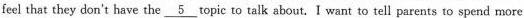
feel that they don't have the\underline{5}topic to talk about.I want to tell parents to spend more